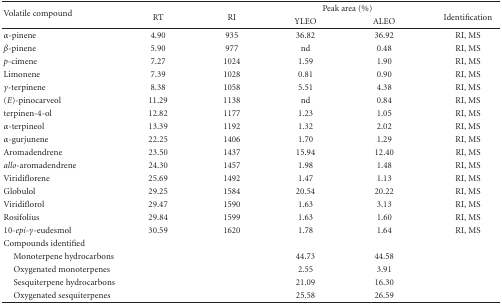
<table><thead><tr><td rowspan="2"><b>Volatile compound</b></td><td rowspan="2"><b>RT</b></td><td rowspan="2"><b>RI</b></td><td colspan="2"><b>Peak area (%)</b></td><td rowspan="2"><b>Identification</b></td></tr><tr><td><b>YLEO</b></td><td><b>ALEO</b></td></tr></thead><tbody><tr><td><i><i>α</i></i>-pinene</td><td>4.90</td><td>935</td><td>36.82</td><td>36.92</td><td>RI, MS</td></tr><tr><td><i><i>β</i></i>-pinene</td><td>5.90</td><td>977</td><td>nd</td><td>0.48</td><td>RI, MS</td></tr><tr><td><i>p</i>-cimene</td><td>7.27</td><td>1024</td><td>1.59</td><td>1.90</td><td>RI, MS</td></tr><tr><td>Limonene</td><td>7.39</td><td>1028</td><td>0.81</td><td>0.90</td><td>RI, MS</td></tr><tr><td><i><i>γ</i></i>-terpinene</td><td>8.38</td><td>1058</td><td>5.51</td><td>4.38</td><td>RI, MS</td></tr><tr><td>(<i>E</i>)-pinocarveol</td><td>11.29</td><td>1138</td><td>nd</td><td>0.84</td><td>RI, MS</td></tr><tr><td>terpinen-4-ol</td><td>12.82</td><td>1177</td><td>1.23</td><td>1.05</td><td>RI, MS</td></tr><tr><td><i><i>α</i></i>-terpineol</td><td>13.39</td><td>1192</td><td>1.32</td><td>2.02</td><td>RI, MS</td></tr><tr><td><i><i>α</i></i>-gurjunene</td><td>22.25</td><td>1406</td><td>1.70</td><td>1.29</td><td>RI, MS</td></tr><tr><td>Aromadendrene</td><td>23.50</td><td>1437</td><td>15.94</td><td>12.40</td><td>RI, MS</td></tr><tr><td><i>allo</i>-aromadendrene</td><td>24.30</td><td>1457</td><td>1.98</td><td>1.48</td><td>RI, MS</td></tr><tr><td>Viridiflorene</td><td>25.69</td><td>1492</td><td>1.47</td><td>1.13</td><td>RI, MS</td></tr><tr><td>Globulol</td><td>29.25</td><td>1584</td><td>20.54</td><td>20.22</td><td>RI, MS</td></tr><tr><td>Viridiflorol</td><td>29.47</td><td>1590</td><td>1.63</td><td>3.13</td><td>RI, MS</td></tr><tr><td>Rosifolius</td><td>29.84</td><td>1599</td><td>1.63</td><td>1.60</td><td>RI, MS</td></tr><tr><td>10-<i>epi</i>-<i><i>γ</i></i>-eudesmol</td><td>30.59</td><td>1620</td><td>1.78</td><td>1.64</td><td>RI, MS</td></tr><tr><td>Compounds identified</td><td></td><td></td><td></td><td></td><td></td></tr><tr><td> Monoterpene hydrocarbons</td><td></td><td></td><td>44.73</td><td>44.58</td><td></td></tr><tr><td> Oxygenated monoterpenes</td><td></td><td></td><td>2.55</td><td>3.91</td><td></td></tr><tr><td> Sesquiterpene hydrocarbons</td><td></td><td></td><td>21.09</td><td>16.30</td><td></td></tr><tr><td> Oxygenated sesquiterpenes</td><td></td><td></td><td>25.58</td><td>26.59</td><td></td></tr></tbody></table>